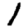
Digit: 1